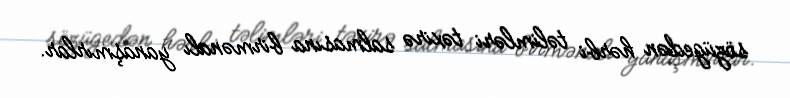
sözügedən hərbi təlimləri təxirə salmasına birmənalı yanaşmırlar.